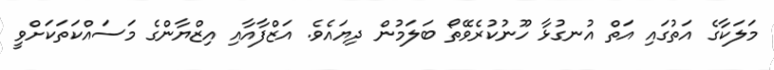
މަލަކާގެ އަތުގައި އަތް އުނގުޅާ ހޫނުކުރެވޭތޯ ބަލަމުން ދިޔައެވެ. އަޒްފާއާއި އިޒްޔާންގެ މަސައްކަތަކަށްވީ